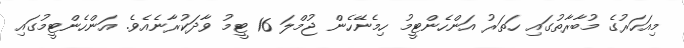
މިއަހަރުގެ މުބާރާތުގައި ހަތަރު އަންހެންޓީމު ހިމެނޭހެން ޖުމްލަ 16 ޓީމު ވާދަކުރާނެއެވެ. އަންހެންޓީމުގައި